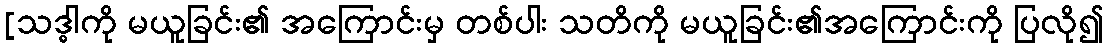
[သဒ္ဓါကို မယူခြင်း၏ အကြောင်းမှ တစ်ပါး သတိကို မယူခြင်း၏အကြောင်းကို ပြလို၍